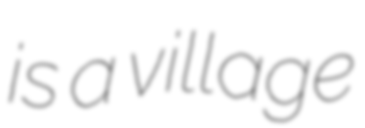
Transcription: is a village